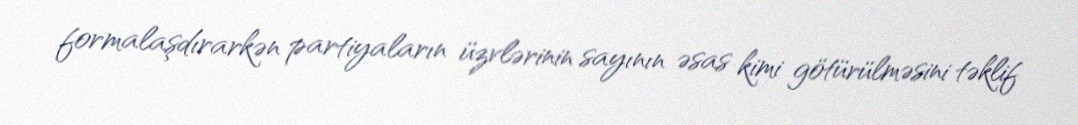
formalaşdırarkən partiyaların üzvlərinin sayının əsas kimi götürülməsini təklif